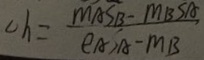
\Delta h = \frac { M A S _ { B } - M _ { B } S A } { e _ { A } S _ { A } - M _ { B } }